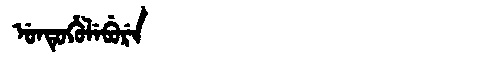
Manchu: ᡠᠨᡨᡠᡥᡠᠯᡝᠪᡠᡵᡝ
Romanization: UNTUHULEBURE